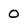
Character: 0